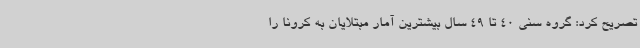
تصریح کرد: گروه سنی 40 تا 49 سال بیشترین آمار مبتلایان به کرونا را